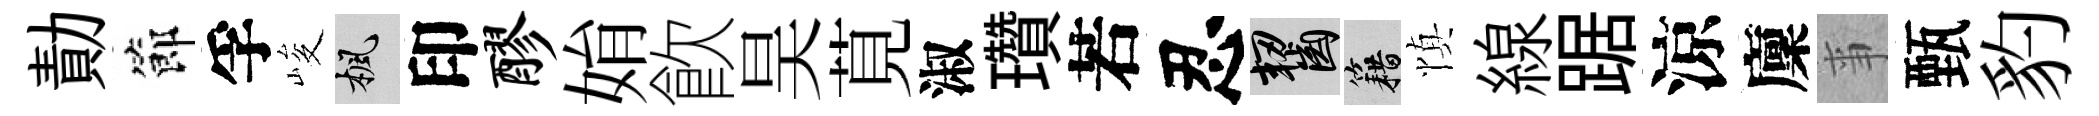
勣節孚峻楓印醪姢飮昊莧淑瓚若忍齧籍慎線踞涼廩亊甄豹